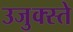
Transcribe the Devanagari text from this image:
उजुक्स्ते